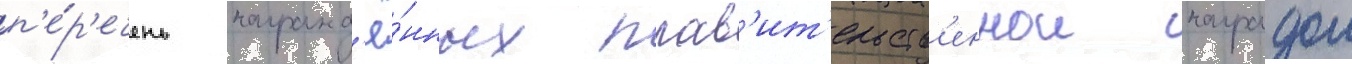
п'е́р'ечень награжд'ё́нных прав'ит'ельств'еннои наградои